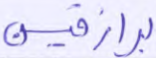
برازقين